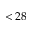
< 2 8